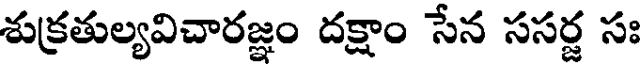
శుక్రతుల్యవిచారజ్ఞం దక్షాం సేన ససర్జ సః